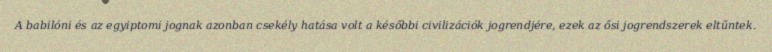
A babilóni és az egyiptomi jognak azonban csekély hatása volt a későbbi civilizációk jogrendjére, ezek az ősi jogrendszerek eltűntek.